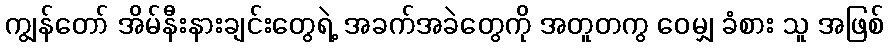
ကျွန်တော် အိမ်နီးနားချင်းတွေရဲ့ အခက်အခဲတွေကို အတူတကွ ဝေမျှ ခံစား သူ အဖြစ်